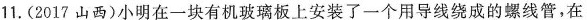
11.(2017山西)小明在一块有机玻璃板上安装了一个用导线绕成的螺线管，在